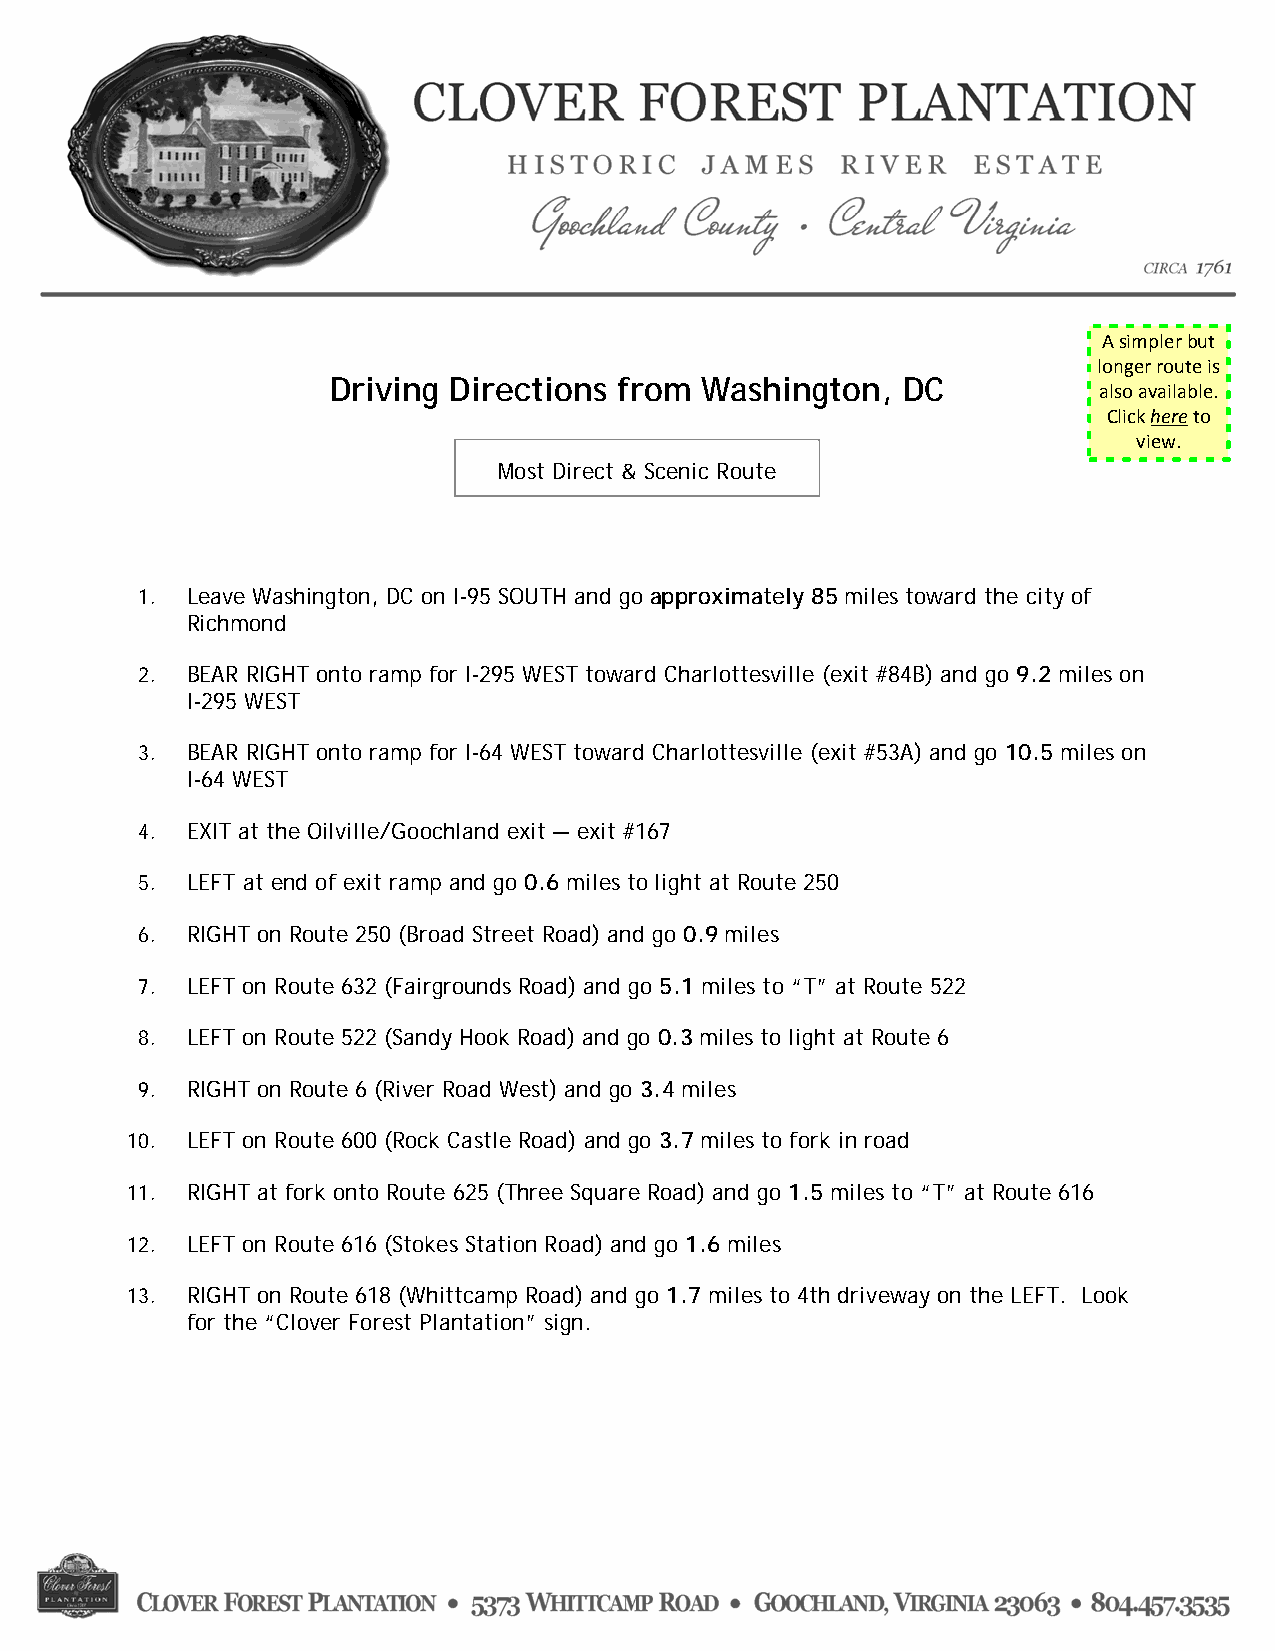
Driving Directions from Washington,   DC
 Most Direct & Scenic Route
 1. Leave Washington, DC on I-95 SOUTH and go approximately 85 miles toward the city of
 Richmond
 2. BEAR RIGHT onto ramp for I-295 WEST toward Charlottesville (exit #84B) and go 9.2 miles on
 I-295 WEST
 3. BEAR RIGHT onto ramp for I-64 WEST toward Charlottesville (exit #53A) and go 10.5 miles on
 I-64 WEST
 4. EXIT at the Oilville/Goochland exit — exit #167
 5. LEFT at end of exit ramp and go 0.6 miles to light at Route 250
 6. RIGHT on Route 250 (Broad Street Road) and go 0.9 miles
 7. LEFT on Route 632 (Fairgrounds Road) and go 5.1 miles to “T” at Route 522
 8. LEFT on Route 522 (Sandy Hook Road) and go 0.3 miles to light at Route 6
 9. RIGHT on Route 6 (River Road West) and go 3.4 miles
 10. LEFT on Route 600 (Rock Castle Road) and go 3.7 miles to fork in road
 11. RIGHT at fork onto Route 625 (Three Square Road) and go 1.5 miles to “T” at Route 616
 12. LEFT on Route 616 (Stokes Station Road) and go 1.6 miles
 13. RIGHT on Route 618 (Whittcamp Road) and go 1.7 miles to 4th driveway on the LEFT. Look
 for the “Clover Forest Plantation” sign.